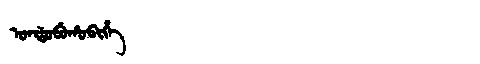
Manchu: ᠣᠨᡩᠣᠪᡠᡥᠣᠪᡳᡥᡝ
Romanization: ONDOBUHOBIHE